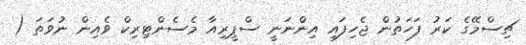
ޗިސްމޭގެ ކަރު ފަހަތުން ޖެހިފައި އިންނަނީ ސްޕީރިއާ މެސެންޓިރިކް ވެއިން ނުވަތަ (